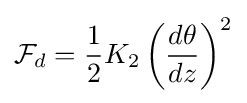
{\mathcal {F}}_{d}={\frac {1}{2}}K_{2}\left({\frac {d\theta }{dz}}\right)^{2}